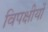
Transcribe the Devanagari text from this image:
विपक्षीयों